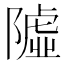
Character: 𨼋